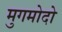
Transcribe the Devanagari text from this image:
मुगमोदो